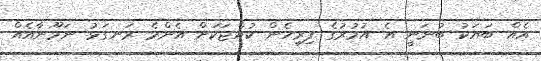
އެއް ބަޔަކު ބުނަނީ އެ އުމުރުގެ ފިރިހެން ކުއްޖަކަށް އެންމެ ރަނގަޅު ނަމޫނާއެއް